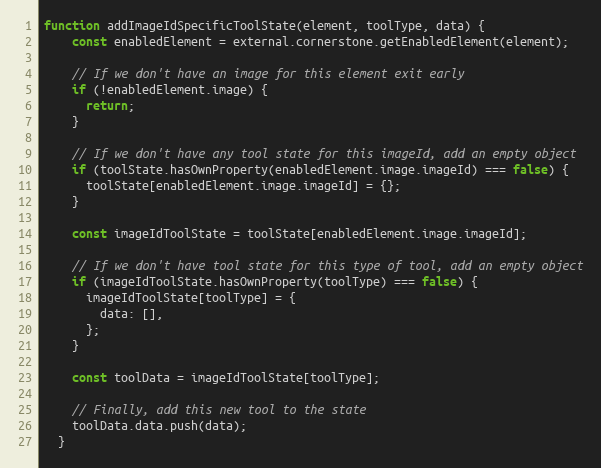
Language: JavaScript
function addImageIdSpecificToolState(element, toolType, data) {
    const enabledElement = external.cornerstone.getEnabledElement(element);

    // If we don't have an image for this element exit early
    if (!enabledElement.image) {
      return;
    }

    // If we don't have any tool state for this imageId, add an empty object
    if (toolState.hasOwnProperty(enabledElement.image.imageId) === false) {
      toolState[enabledElement.image.imageId] = {};
    }

    const imageIdToolState = toolState[enabledElement.image.imageId];

    // If we don't have tool state for this type of tool, add an empty object
    if (imageIdToolState.hasOwnProperty(toolType) === false) {
      imageIdToolState[toolType] = {
        data: [],
      };
    }

    const toolData = imageIdToolState[toolType];

    // Finally, add this new tool to the state
    toolData.data.push(data);
  }